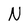
Character: N